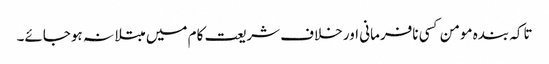
تاکہ بندہ مومن کسی نافرمانی اور خلاف شریعت کام میں مبتلا نہ ہوجائے۔